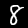
Digit: 8